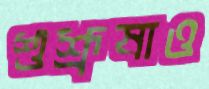
শুশ্রূষাও